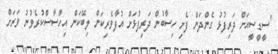
"ސީޑީސީއަށް ދަރިފުޅު ގެންދަން ފެށި ހިސާބުން ދަރިފުޅަށް އުފާވެރިކަން ލިބޭކަން އިހްސާސްކުރެވުނު ވަރަށް